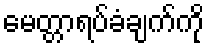
မေတ္တာရပ်ခံချက်ကို